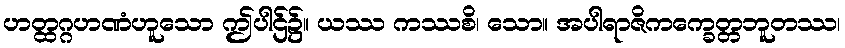
ဟတ္ထဂ္ဂဟဏံဟူသော ဤပါဌ်၌။ ယဿ ကဿစိ၊ သော။ အပါရာဇိကက္ခေတ္တဘူတဿ၊